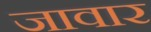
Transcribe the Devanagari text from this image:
जावार